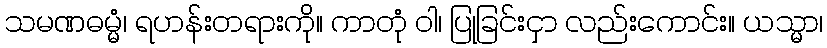
သမဏဓမ္မံ၊ ရဟန်းတရားကို။ ကာတုံ ဝါ၊ ပြုခြင်းငှာ လည်းကောင်း။ ယသ္မာ၊